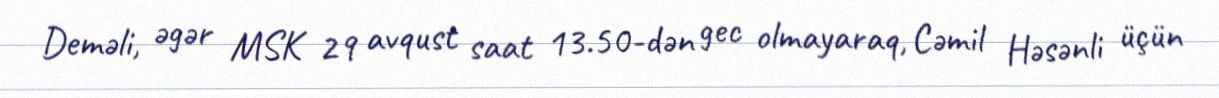
Deməli, əgər MSK 29 avqust saat 13.50-dən gec olmayaraq, Cəmil Həsənli üçün